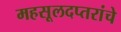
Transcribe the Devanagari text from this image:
महसूलदप्तरांचे